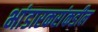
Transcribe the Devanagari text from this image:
भांडारकरांकडील